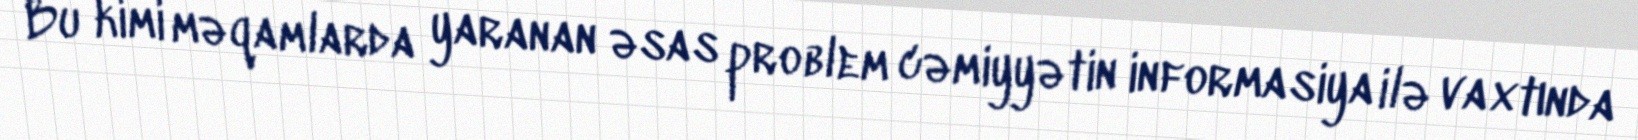
Bu kimi məqamlarda yaranan əsas problem cəmiyyətin informasiya ilə vaxtında